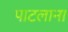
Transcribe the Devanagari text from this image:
पाटलाना